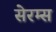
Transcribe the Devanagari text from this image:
सेरम्स